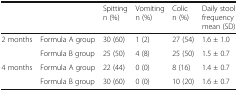
<table><thead><tr><td colspan="2"></td><td><b>Spitting n (%)</b></td><td><b>Vomiting n (%)</b></td><td><b>Colic n (%)</b></td><td><b>Daily stool frequency mean (SD)</b></td></tr></thead><tbody><tr><td rowspan="2">2 months</td><td>Formula A group</td><td>30 (60)</td><td>1 (2)</td><td>27 (54)</td><td>1.6 ± 1.0</td></tr><tr><td>Formula B group</td><td>25 (50)</td><td>4 (8)</td><td>25 (50)</td><td>1.5 ± 0.7</td></tr><tr><td rowspan="2">4 months</td><td>Formula A group</td><td>22 (44)</td><td>0 (0)</td><td>8 (16)</td><td>1.4 ± 0.7</td></tr><tr><td>Formula B group</td><td>30 (60)</td><td>0 (0)</td><td>10 (20)</td><td>1.6 ± 0.7</td></tr></tbody></table>